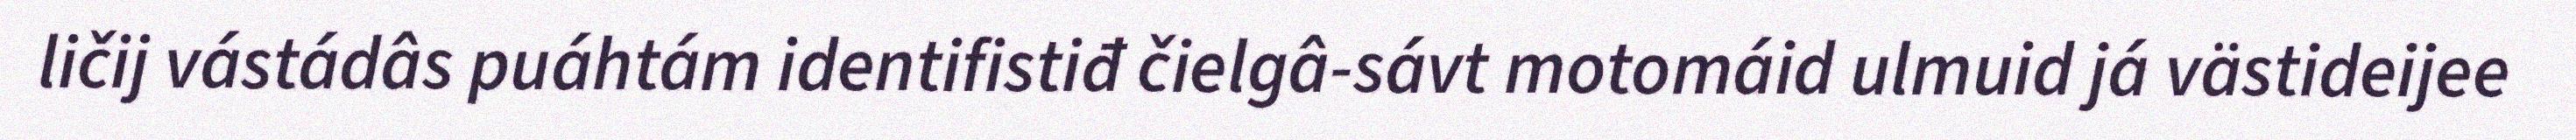
ličij vástádâs puáhtám identifistiđ čielgâ-sávt motomáid ulmuid já västideijee